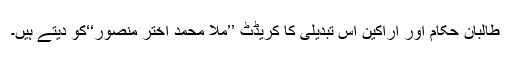
طالبان حکام اور اراکین اس تبدیلی کا کریڈٹ ’’ملا محمد اختر منصور‘‘کو دیتے ہیں۔